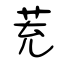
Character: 茺